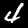
Digit: 4